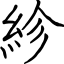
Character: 紾